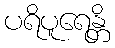
ပရိပူရေန္တိ